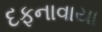
દફનાવાયા